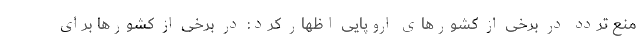
منع تردد در برخی از کشورهای اروپایی اظهار کرد: در برخی از کشورها برای